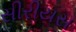
સીરીયસ